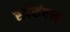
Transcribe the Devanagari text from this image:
सर्वसंपन्न